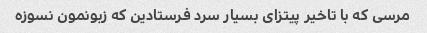
مرسی که با تاخیر پیتزای بسیار سرد فرستادین که زبونمون نسوزه